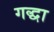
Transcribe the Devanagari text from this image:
गद्धा